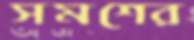
সমশের